65_HS1-834228961_62-HQ-83894_Section_2
Agency: FBI
Page 56
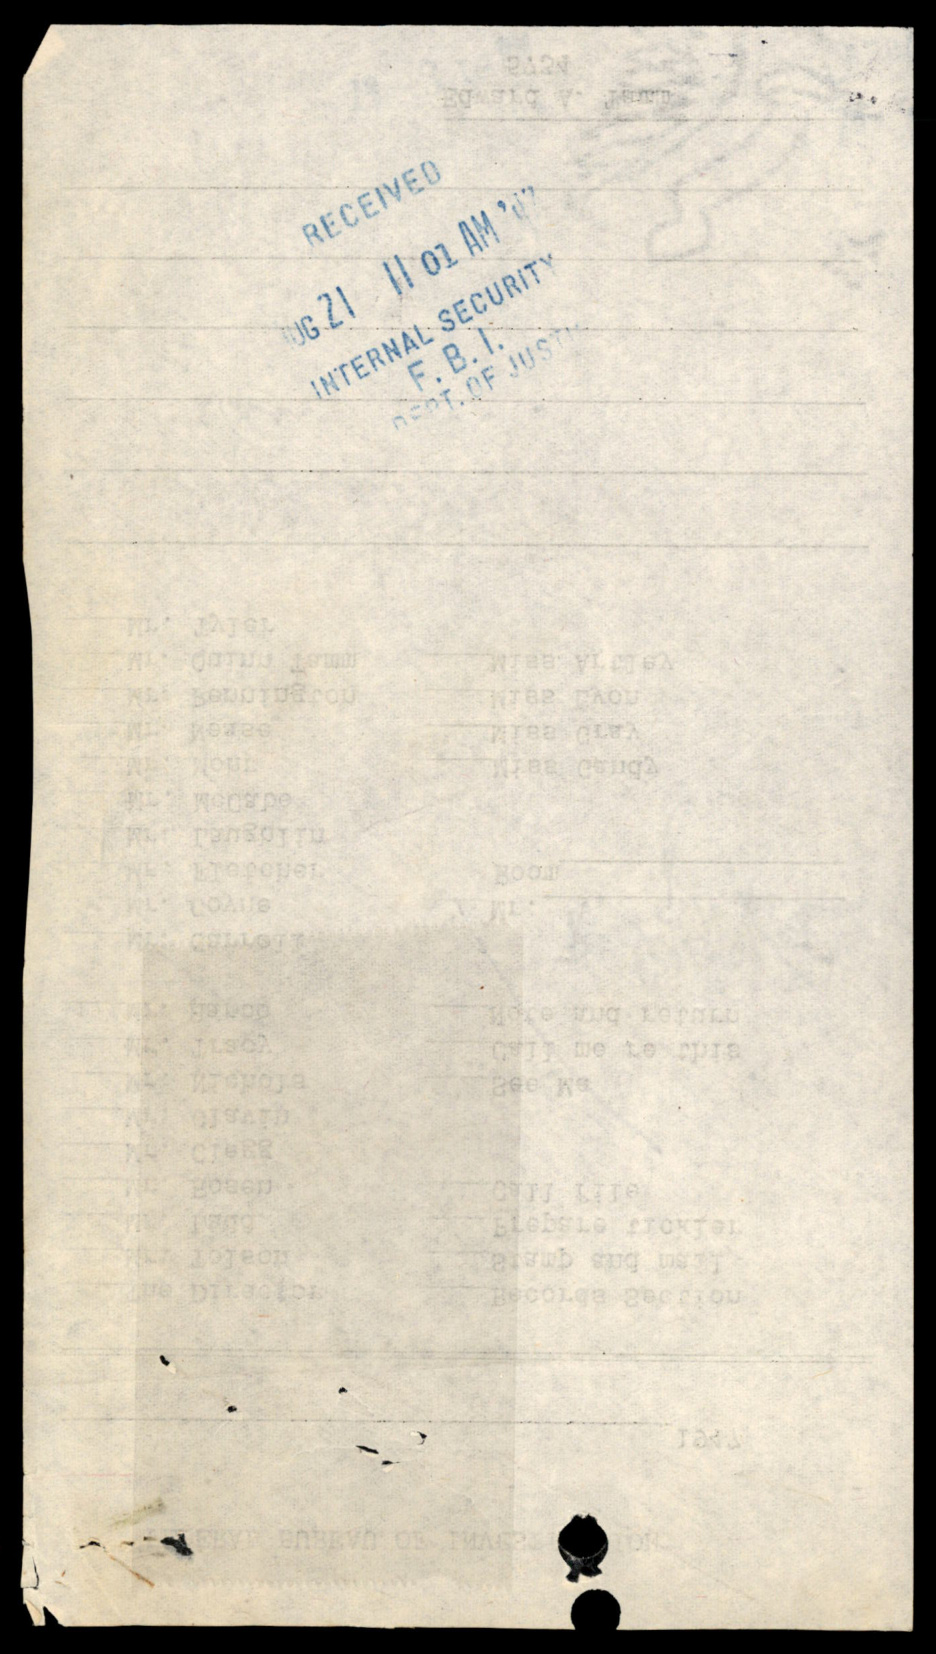